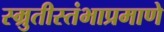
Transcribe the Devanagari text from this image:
स्म्रुतीस्तंभाप्रमाणे